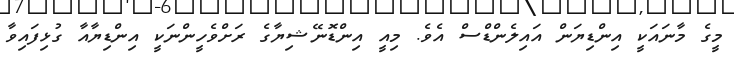
މީގެ މާނައަކީ އިންޑިޔަން އައިލެންޑްސް އެވެ. މިއީ އިންޑޮނޭޝިޔާގެ ރަށްވެހީންނަކީ އިންޑިޔާއާ ގުޅިފައިވާ